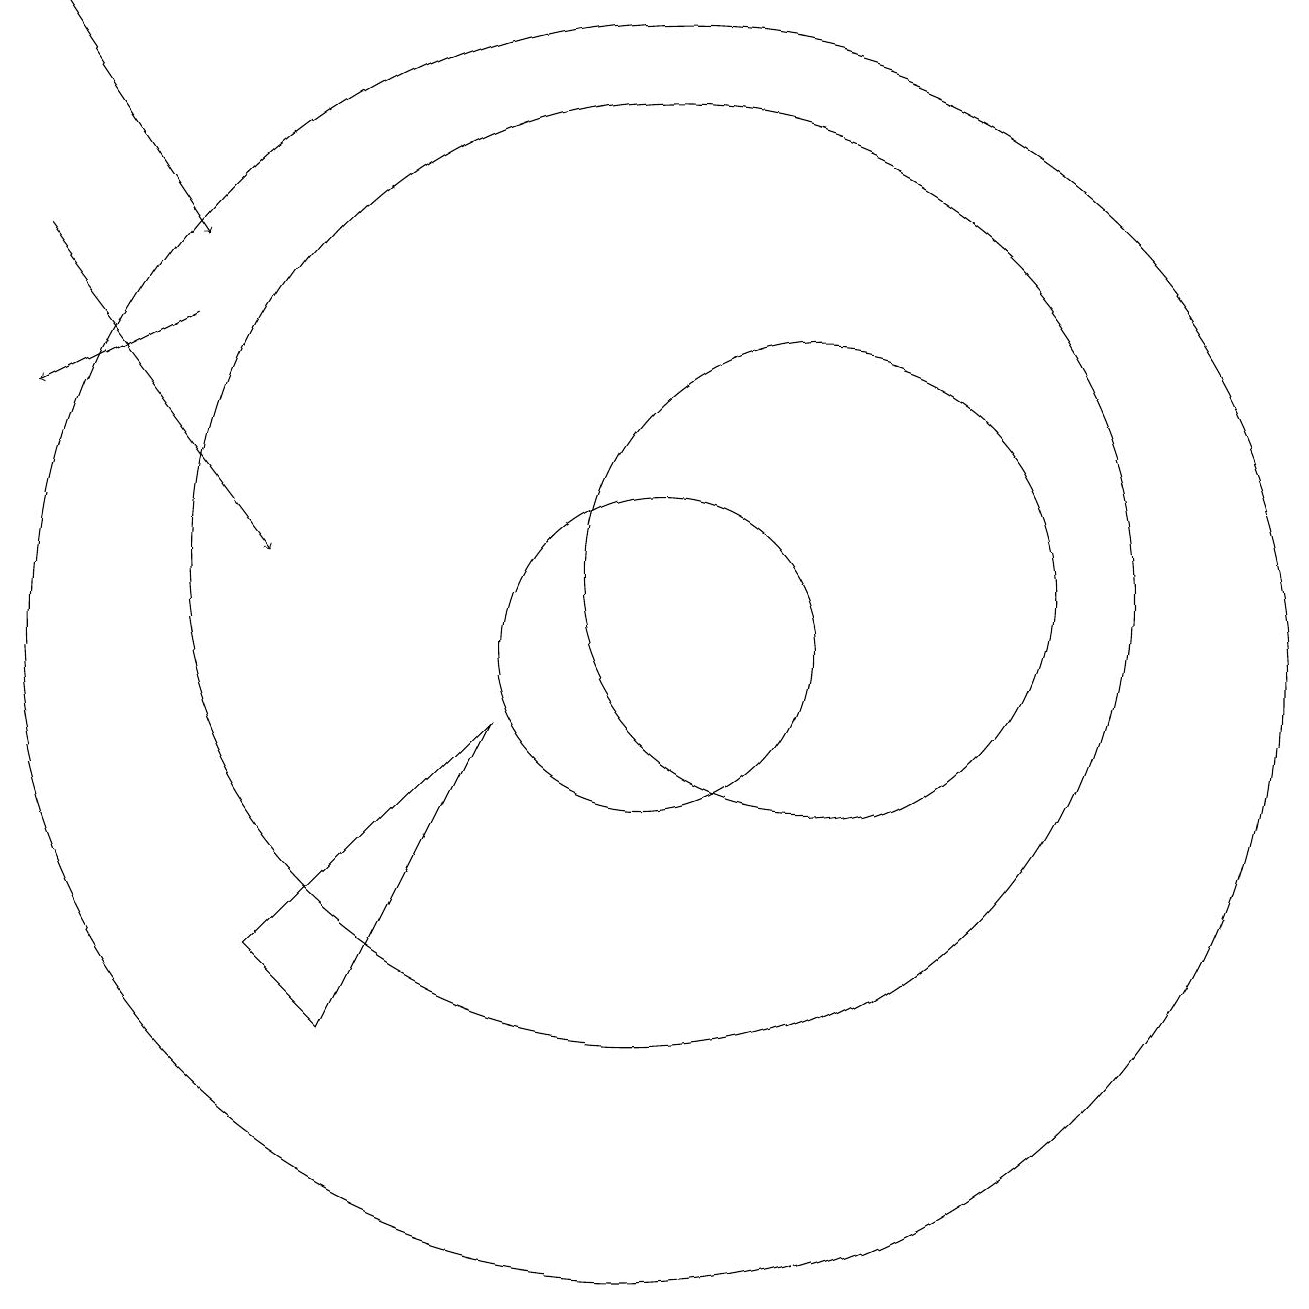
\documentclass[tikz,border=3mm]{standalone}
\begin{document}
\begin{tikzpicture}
\draw[->] (2,18) -- (4,15);
\draw (10,10) circle (8);
\draw (12,11) circle (3);
\draw[->] (2,15) -- (5,11);
\draw (6,5) -- (5,6) -- (8,9) -- cycle;
\draw (10,11) circle (6);
\draw (10,10) circle (2);
\draw[->] (4,14) -- (2,13);
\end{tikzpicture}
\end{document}